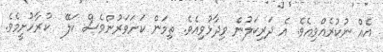
އެއް ނުކުރެއްވިއެވެ. އެ ދަރިކަލުން ވިދާޅުވިއެވެ. ތިމަން ކަށަވަރުންވެސް ކަލޭ  ކުރާހުށީމެވެ.